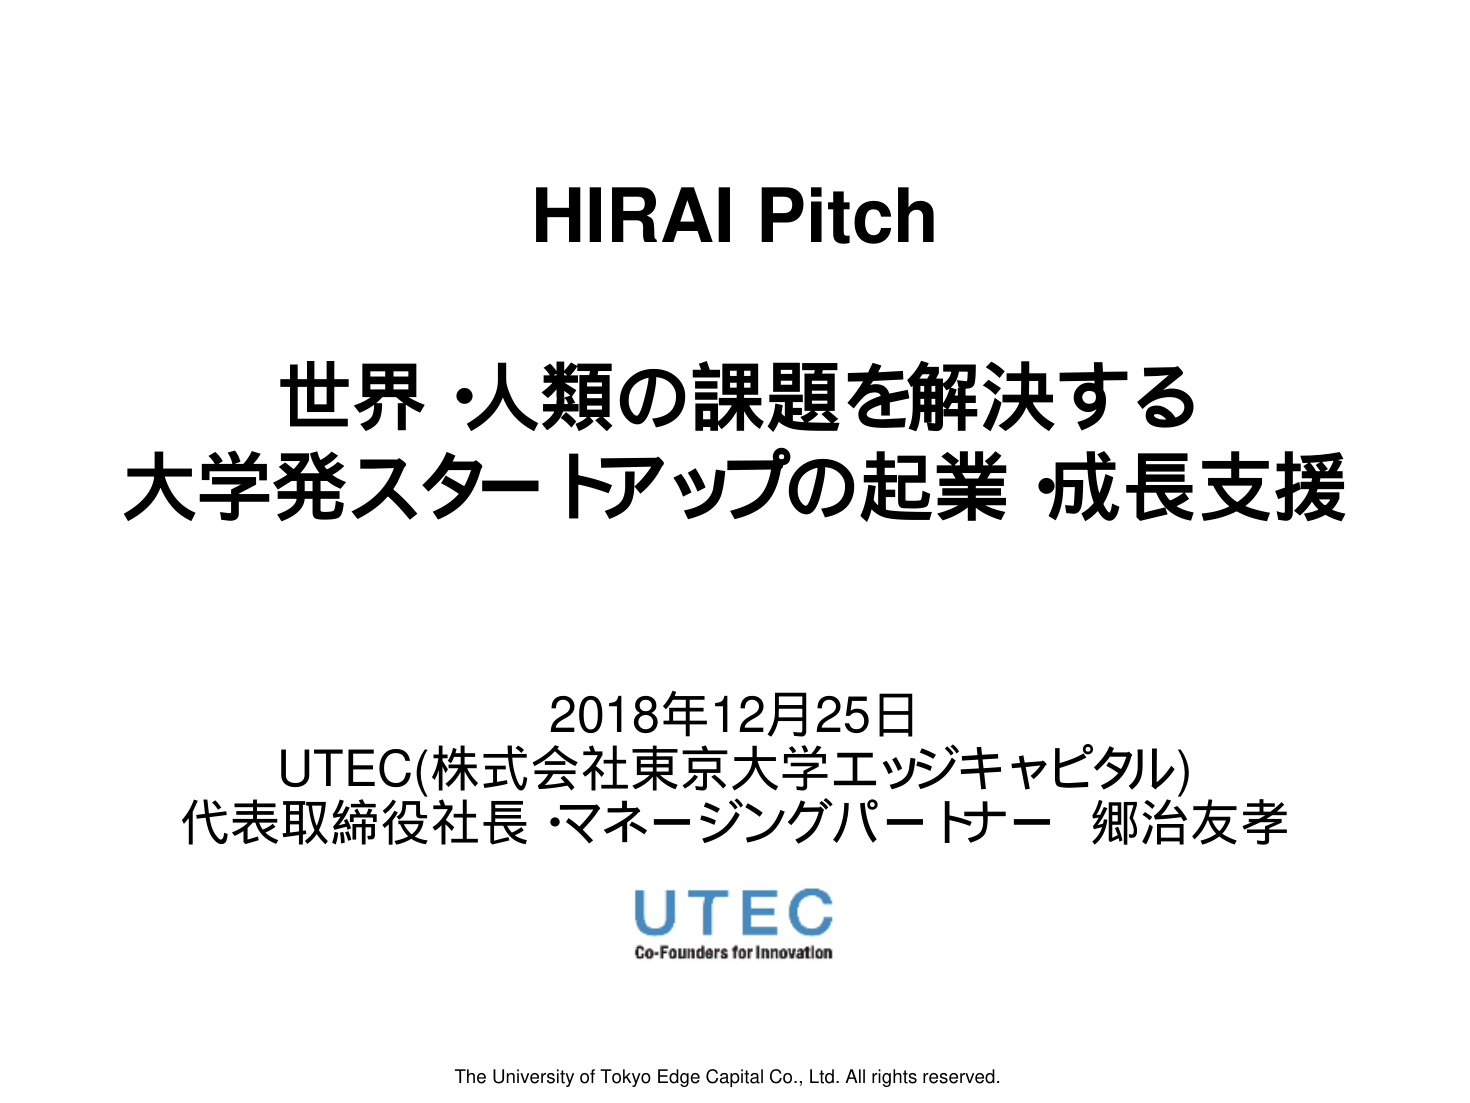
HIRAI Pitch
世界・人類の課題を解決する
大学発スタートアップの起業・成長支援

2018年12月25日
UTEC(株式会社東京大学エッジキャピタル)
代表取締役社長・マネージングパートナー 郷治友孝

UTEC
Co-Founders for Innovation

The University of Tokyo Edge Capital Co., Ltd. All rights reserved.